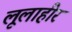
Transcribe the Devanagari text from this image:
लूलाहीर